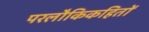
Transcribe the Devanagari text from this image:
परलौकिकहितों